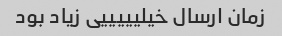
زمان ارسال خیلیییییی زیاد بود